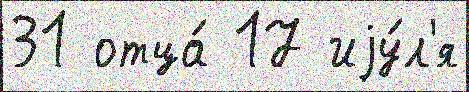
31 отца́ 17 иjу́л'я